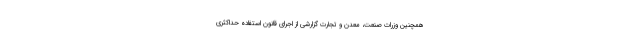
همچنین وزرات صنعت، معدن و تجارت گزارشی از اجرای قانون استفاده حداکثری